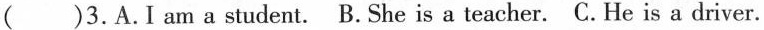
( )3.A.I am a student. B.She is a teacher. C.He is a driver.